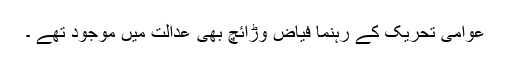
عوامی تحریک کے رہنما فیاض وڑائچ بھی عدالت میں موجود تھے ۔